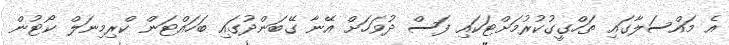
އެ މައްސަލާގައި ތަހްގީގުކުރުމަށްޓަކައި ފަސް ދުވަހަށް އޭނާ ގޭބަންދުގައި ބަހައްޓަން ކްރިމިނަލް ކޯޓުން